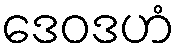
ဒေဝဒဟံ